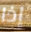
إذا